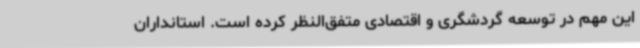
این مهم در توسعه گردشگری و اقتصادی متفق‌النظر کرده است. استانداران